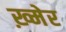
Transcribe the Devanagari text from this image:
ख़्मेर